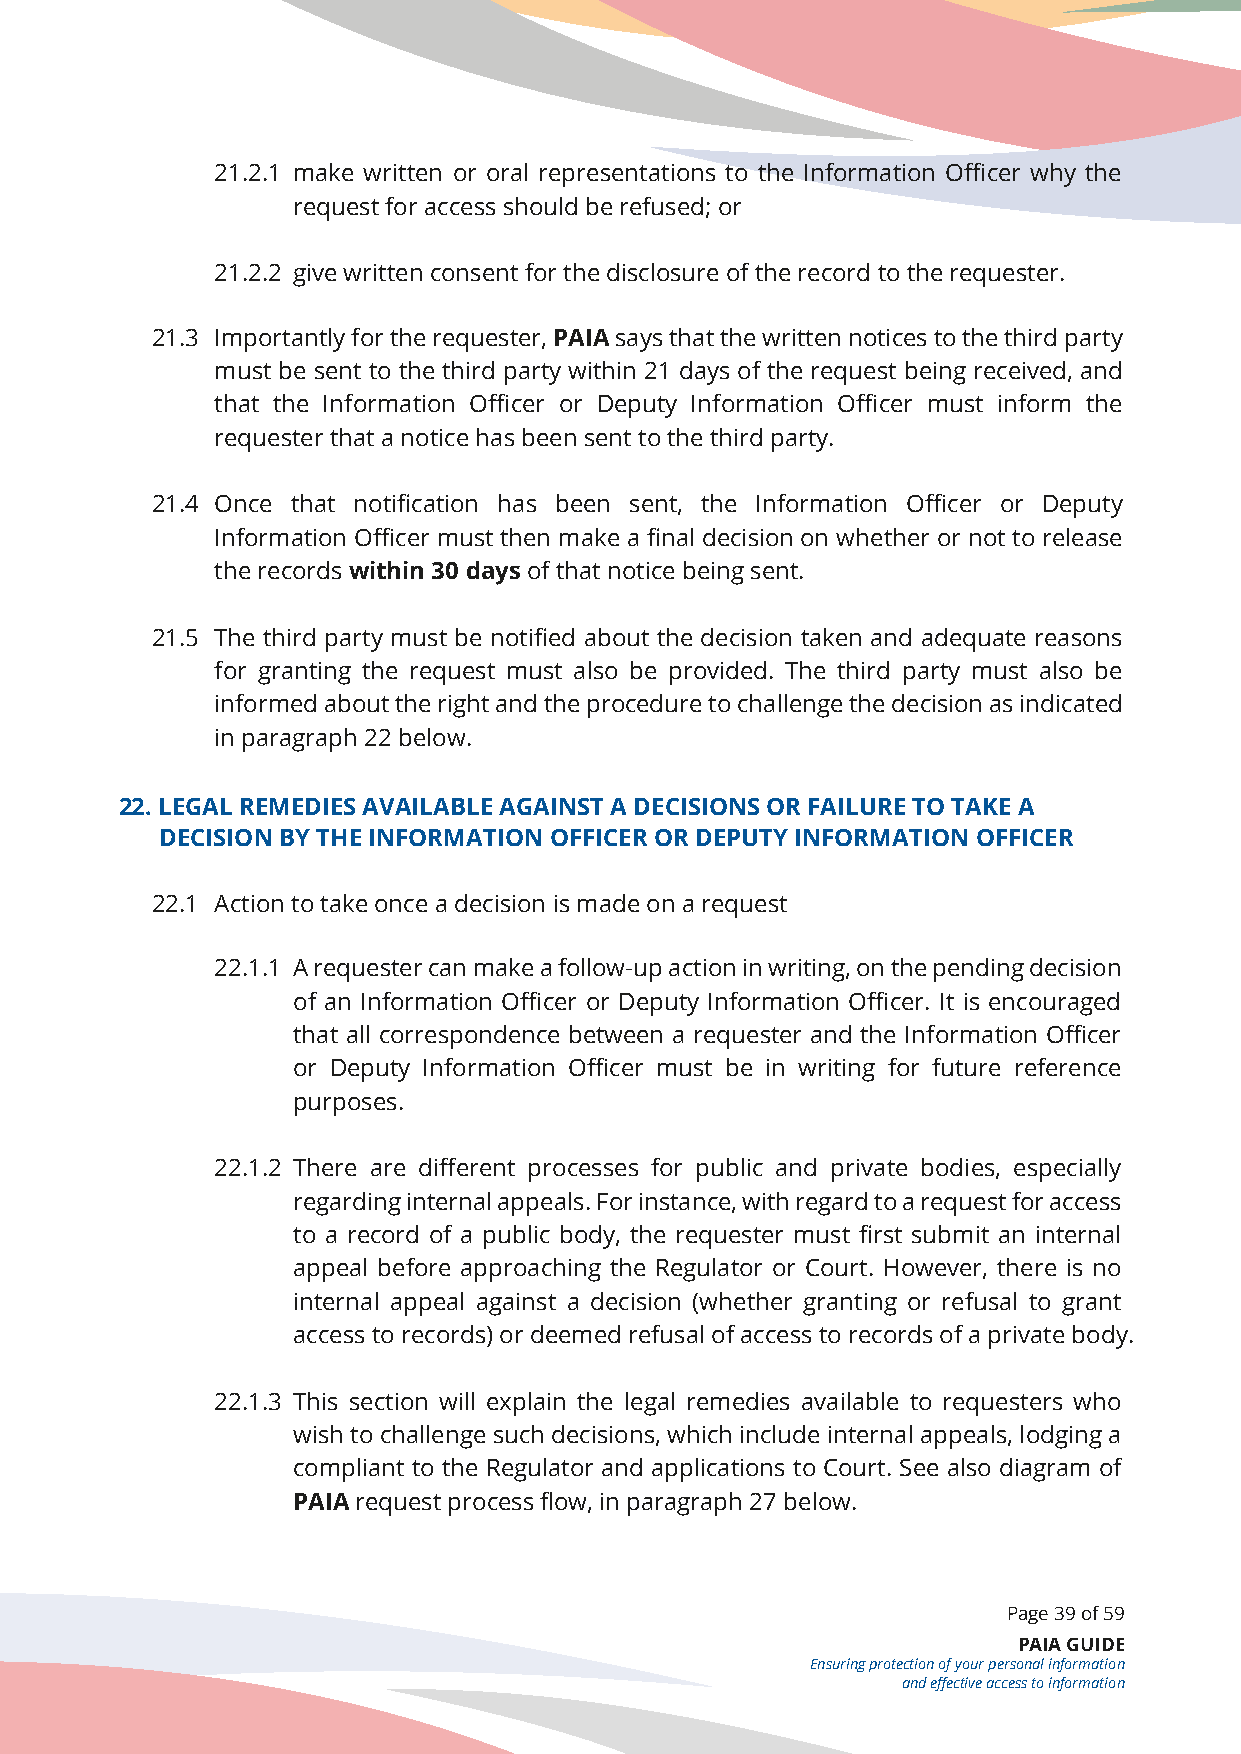
21.2.1 make written or oral representations to the Information Officer why the
 request for access should be refused; or
 21.2.2 give written consent for the disclosure of the record to the requester.
 21.3 Importantly for the requester, PAIA says that the written notices to the third party
 must be sent to the third party within 21 days of the request being received, and
 that the Information Officer or Deputy Information Officer must inform the
 requester that a notice has been sent to the third party.
 21.4 Once that notification has been sent, the Information Officer or Deputy
 Information Officer must then make a final decision on whether or not to release
 the records within 30 days of that notice being sent.
 21.5 The third party must be notified about the decision taken and adequate reasons
 for granting the request must also be provided. The third party must also be
 informed about the right and the procedure to challenge the decision as indicated
 in paragraph 22 below.
 22. LEGAL REMEDIES AVAILABLE AGAINST A DECISIONS OR FAILURE TO TAKE A
 22. DECISION BY THE INFORMATION OFFICER OR DEPUTY INFORMATION OFFICER
 22.1 Action to take once a decision is made on a request
 22.1.1 A requester can make a follow-up action in writing, on the pending decision
 of an Information Officer or Deputy Information Officer. It is encouraged
 that all correspondence between a requester and the Information Officer
 or Deputy Information Officer must be in writing for future reference
 purposes.
 22.1.2 There are different processes for public and private bodies, especially
 regarding internal appeals. For instance, with regard to a request for access
 to a record of a public body, the requester must first submit an internal
 appeal before approaching the Regulator or Court. However, there is no
 internal appeal against a decision (whether granting or refusal to grant
 access to records) or deemed refusal of access to records of a private body.
 22.1.3 This section will explain the legal remedies available to requesters who
 wish to challenge such decisions, which include internal appeals, lodging a
 compliant to the Regulator and applications to Court. See also diagram of
 PAIA request process flow, in paragraph 27 below.
 Page 39 of 59
 PAIA GUIDE
 Ensuring protection of your personal information
 and effective access to information